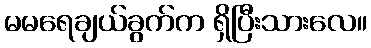
မမရေချယ်ခွက်က ရှိပြီးသားလေ။